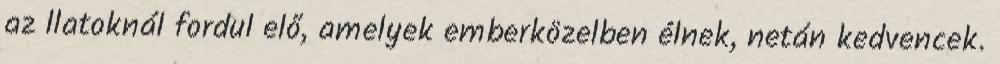
az llatoknál fordul elő, amelyek emberközelben élnek, netán kedvencek.